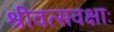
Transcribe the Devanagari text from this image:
श्रीवत्सवक्षाः